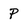
Character: P